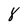
Character: 8